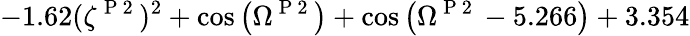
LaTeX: -1.62(\zeta^{\mathrm{~P~2~}})^{2}+\cos{\left(\Omega^{\mathrm{~P~2~}}\right)}+\cos{\left(\Omega^{\mathrm{~P~2~}}-5.266\right)}+3.354